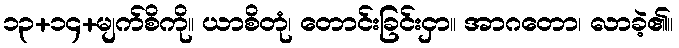
၁၃+၁၄+မျက်စိကို။ ယာစိတုံ၊ တောင်းခြင်းငှာ။ အာဂတော၊ လာခဲ့၏။